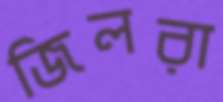
জিলরা